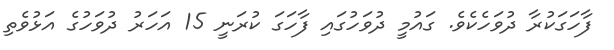
ފާހަގަކުރާ ދުވަހެކެވެ. ގައުމީ ދުވަހުގައި ފާހަގަ ކުރަނީ 15 އަހަރު ދުވަހުގެ އަޅުވެތި